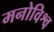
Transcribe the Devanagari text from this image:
मनोविश्व